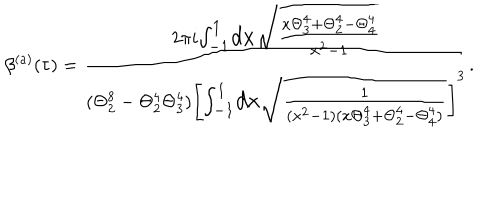
\beta ^ { ( a ) } ( \tau ) = { 2 \pi i \large \frac { { \int _ { - 1 } ^ { 1 } } d x \sqrt { { \frac { x \Theta _ { 3 } ^ { 4 } + \Theta _ { 2 } ^ { 4 } - \Theta _ { 4 } ^ { 4 } } { x ^ { 2 } - 1 } } } } { ( \Theta _ { 2 } ^ { 8 } - \Theta _ { 2 } ^ { 4 } \Theta _ { 3 } ^ { 4 } ) \left[ \large { \int _ { - 1 } ^ { 1 } } d x \sqrt { { \frac { 1 } { ( x ^ { 2 } - 1 ) ( x \Theta _ { 3 } ^ { 4 } + \Theta _ { 2 } ^ { 4 } - \Theta _ { 4 } ^ { 4 } ) } } } \right] ^ { 3 } } } .